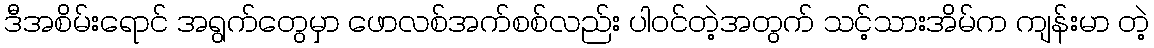
ဒီအစိမ်းရောင် အရွက်တွေမှာ ဖောလစ်အက်စစ်လည်း ပါဝင်တဲ့အတွက် သင့်သားအိမ်က ကျန်းမာ တဲ့